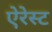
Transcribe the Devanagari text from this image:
ऐरेस्ट